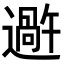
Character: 𬩕